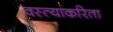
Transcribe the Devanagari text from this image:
वस्त्यांकरिता